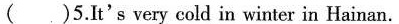
( )5.It's very cold in winter in Hainan.